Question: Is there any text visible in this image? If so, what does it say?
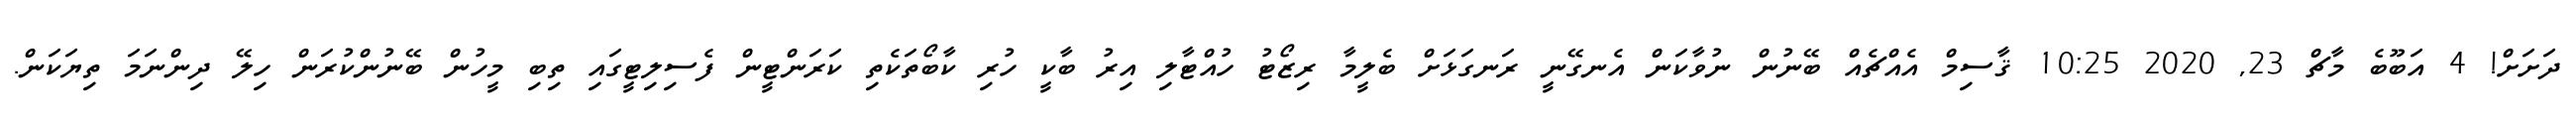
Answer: ދަށަށް! 4 އަބޫބެ މާޗް 23, 2020 10:25 ޤާސިމް އެއްޗެއް ބޭނުން ނުވާކަން އެނގޭނީ ރަނގަޅަށް ބެލީމާ ރިޒޯޓު ހުއްޓާލި އިރު ބާކީ ހުރި ކާބޯތަކެތި ކަރަންޓީން ފެސިލިޓީގައި ތިބި މީހުން ބޭނުންކުރަން ހިލޭ ދިންނަމަ ތިޔަކަން.